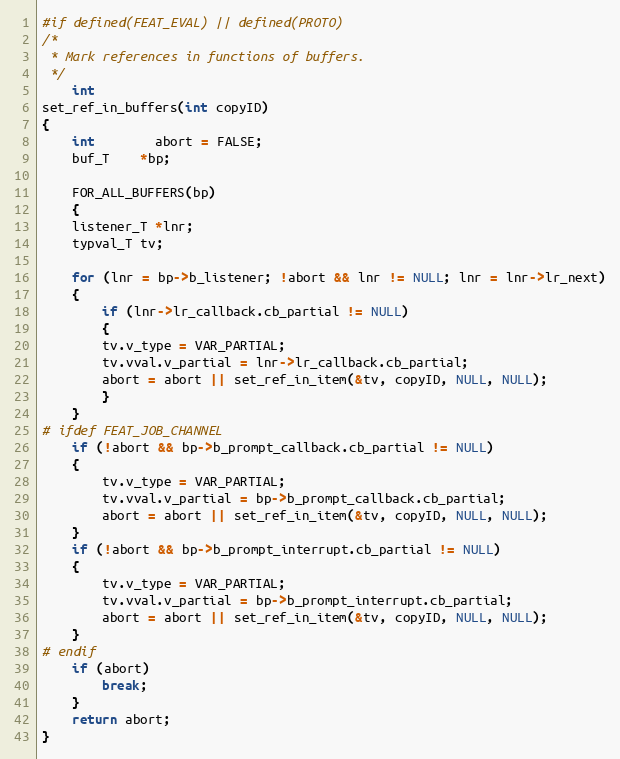
Language: C
#if defined(FEAT_EVAL) || defined(PROTO)
/*
 * Mark references in functions of buffers.
 */
    int
set_ref_in_buffers(int copyID)
{
    int		abort = FALSE;
    buf_T	*bp;

    FOR_ALL_BUFFERS(bp)
    {
	listener_T *lnr;
	typval_T tv;

	for (lnr = bp->b_listener; !abort && lnr != NULL; lnr = lnr->lr_next)
	{
	    if (lnr->lr_callback.cb_partial != NULL)
	    {
		tv.v_type = VAR_PARTIAL;
		tv.vval.v_partial = lnr->lr_callback.cb_partial;
		abort = abort || set_ref_in_item(&tv, copyID, NULL, NULL);
	    }
	}
# ifdef FEAT_JOB_CHANNEL
	if (!abort && bp->b_prompt_callback.cb_partial != NULL)
	{
	    tv.v_type = VAR_PARTIAL;
	    tv.vval.v_partial = bp->b_prompt_callback.cb_partial;
	    abort = abort || set_ref_in_item(&tv, copyID, NULL, NULL);
	}
	if (!abort && bp->b_prompt_interrupt.cb_partial != NULL)
	{
	    tv.v_type = VAR_PARTIAL;
	    tv.vval.v_partial = bp->b_prompt_interrupt.cb_partial;
	    abort = abort || set_ref_in_item(&tv, copyID, NULL, NULL);
	}
# endif
	if (abort)
	    break;
    }
    return abort;
}